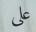
على